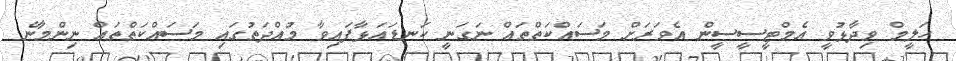
ހަލީމް ވިދާޅުވީ އެމްޓީސީސީން އެވަރަށް މަސައްކަތްތައް ނަގަނީ ކަނޑައަޅާފައިވާ މުއްދަތުގައި މަސައްކަތްތައް ނިންމާނެ